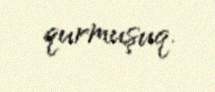
qurmuşuq.